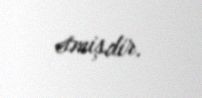
etmişdir.